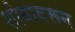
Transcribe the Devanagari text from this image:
शोधावरून